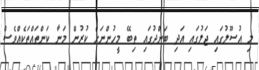
މި އުސޫލުގައި ޖަލުގައި އަދި ބަންދުގައި ތިބޭ މީހުންނަށް ކުރުން މަނާ ކަންތައްތަކެއްވެސް